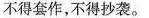
不得套作，不得抄袭。